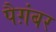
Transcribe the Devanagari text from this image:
पैग़ंबर